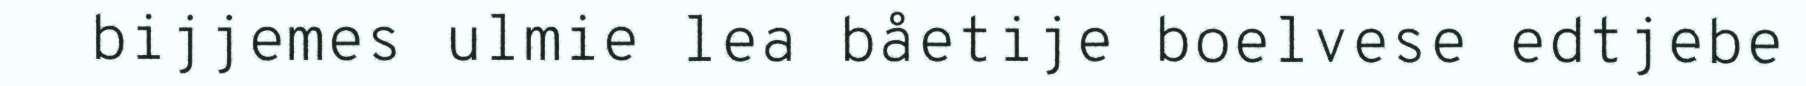
bijjemes ulmie lea båetije boelvese edtjebe